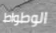
الوطواط